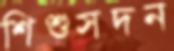
শিশুসদন